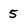
Character: 5